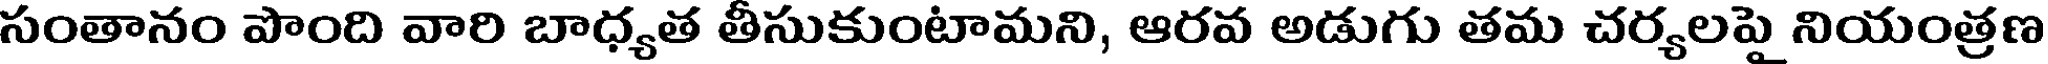
సంతానం పొంది వారి బాధ్యత తీసుకుంటామని, ఆరవ అడుగు తమ చర్యలపై నియంత్రణ